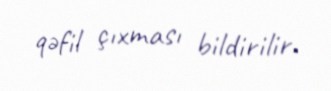
qəfil çıxması bildirilir.